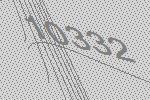
10332